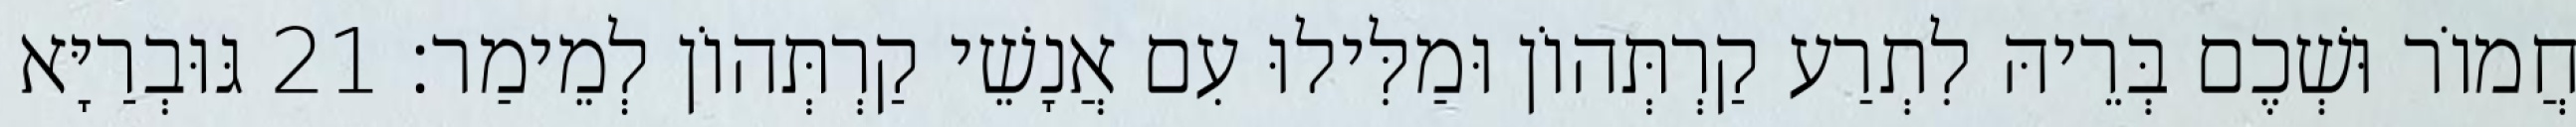
חֲמוֹר וּשְׁכֶם בְּרֵיהּ לִתְרַע קַרְתְּהוֹן וּמַלִּילוּ עִם אֲנָשֵׁי קַרְתְּהוֹן לְמֵימַר׃ 21 גּוּבְרַיָּא